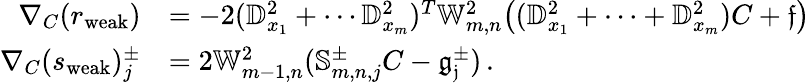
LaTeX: \begin{array}{rl}{\nabla_{C}(r_{\textrm{weak}})}&{=-2(\mathbb{D}_{x_{1}}^{2}+\cdots\mathbb{D}_{x_{m}}^{2})^{T}\mathbb{W}_{m,n}^{2}\big((\mathbb{D}_{x_{1}}^{2}+\cdots+\mathbb{D}_{x_{m}}^{2})C+\mathfrak{f}\big)}\\ {\nabla_{C}(s_{\textrm{weak}})_{j}^{\pm}}&{=2\mathbb{W}_{m-1,n}^{2}(\mathbb{S}_{m,n,j}^{\pm}C-\mathfrak{g_{j}^{\pm}})\, .}\end{array}